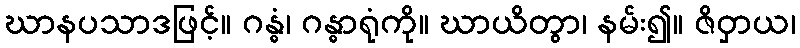
ဃာနပသာဒဖြင့်။ ဂန္ဓံ၊ ဂန္ဓာရုံကို။ ဃာယိတွာ၊ နမ်း၍။ ဇိဝှာယ၊